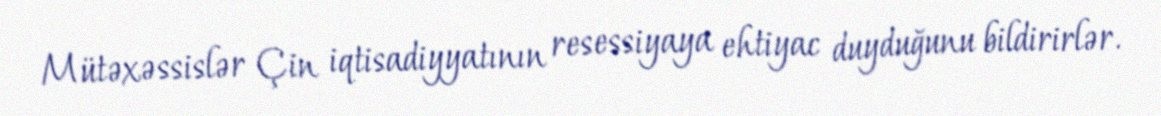
Mütəxəssislər Çin iqtisadiyyatının resessiyaya ehtiyac duyduğunu bildirirlər.